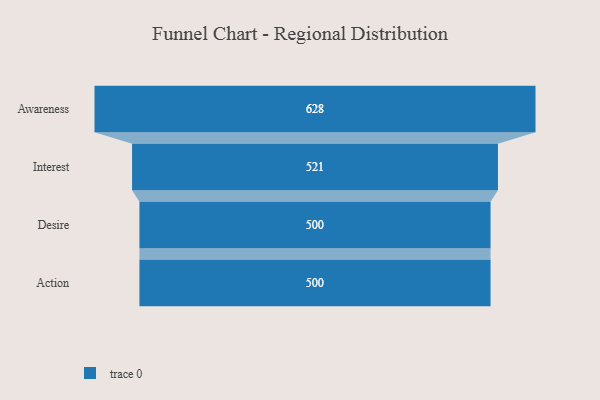
{"axis": {"x": "Stage", "y": "Value"}, "legend": [""], "data": [{"x": "Awareness", "y": 628.0, "type": ""}, {"x": "Interest", "y": 521.0, "type": ""}, {"x": "Desire", "y": 500, "type": ""}, {"x": "Action", "y": 500, "type": ""}]}